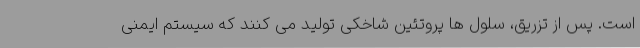
است. پس از تزریق، سلول ها پروتئین شاخکی تولید می کنند که سیستم ایمنی